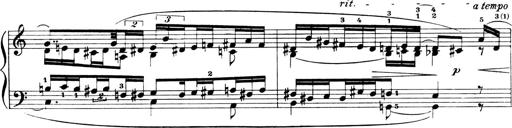
Title: 4 Sonatines
Composer: Max Reger